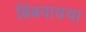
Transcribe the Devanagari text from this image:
बिंबवायचा